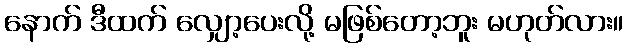
နောက် ဒီထက် လျှော့ပေးလို့ မဖြစ်တော့ဘူး မဟုတ်လား။